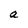
Character: a